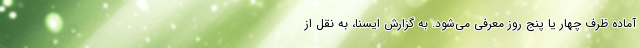
آماده ظرف چهار یا پنج روز معرفی می‌شود. به گزارش ایسنا، به نقل از